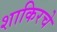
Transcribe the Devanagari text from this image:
शाकिरचे